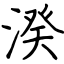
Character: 湀